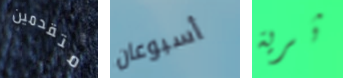
متقدمين أسبوعان ثرية